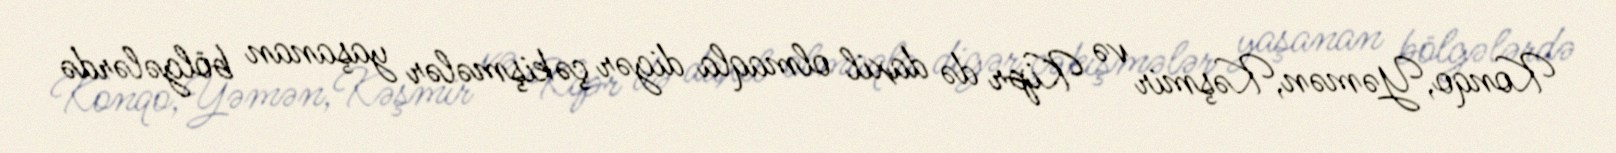
Konqo,Yəmən,Kəşmir və Kipr də daxil olmaqla digər çəkişmələr yaşanan bölgələrdə